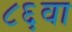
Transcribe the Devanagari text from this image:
८६वा